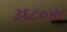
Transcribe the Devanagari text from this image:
३६८०४८